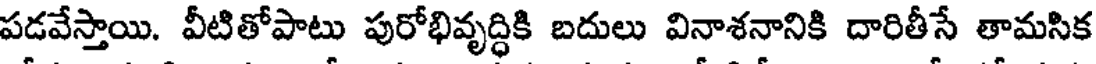
పడవేస్తాయి. వీటితోపాటు పురోభివృద్ధికి బదులు వినాశనానికి దారితీసే తామసిక